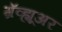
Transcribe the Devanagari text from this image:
ग्रॅव्ह्यूअर